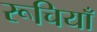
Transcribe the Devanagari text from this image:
रूचियाँ